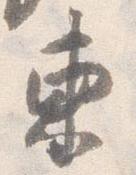
東